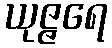
ယုဇ္ဇရေ